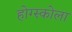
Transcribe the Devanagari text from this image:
होग्स्कोला